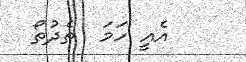
އެއީ ހަމަ  ތެދުތޯ